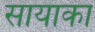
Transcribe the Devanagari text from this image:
सायाका